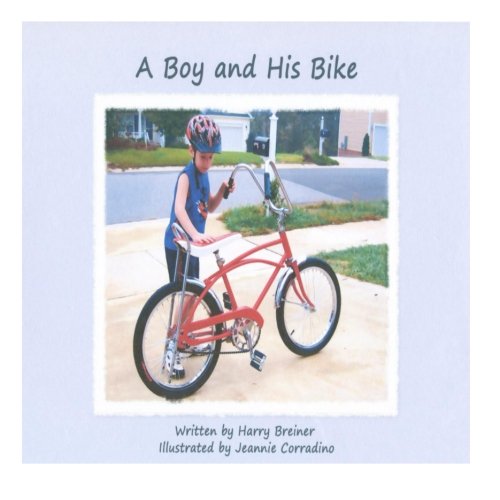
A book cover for A Boy and His Bike; Mr Harold W Breiner Jr; Children's Books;